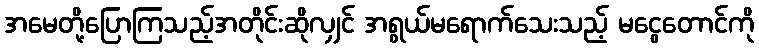
အမေတို့ပြောကြသည့်အတိုင်းဆိုလျှင် အရွယ်မရောက်သေးသည့် မငွေတောင်ကို